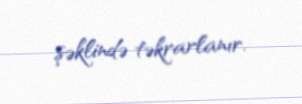
şəklində təkrarlanır.